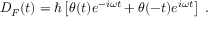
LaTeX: D _ { F } ( t ) = \hbar \left[ \theta ( t ) e ^ { - i \omega t } + \theta ( - t ) e ^ { i \omega t } \right] \ .